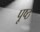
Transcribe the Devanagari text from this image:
पृ्ष्ठ